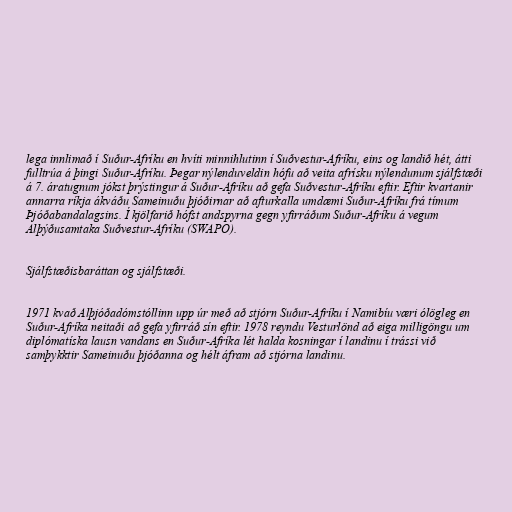
lega innlimað í Suður-Afríku en hvíti minnihlutinn í Suðvestur-Afríku, eins og landið hét, átti
fulltrúa á þingi Suður-Afríku. Þegar nýlenduveldin hófu að veita afrísku nýlendunum sjálfstæði
á 7. áratugnum jókst þrýstingur á Suður-Afríku að gefa Suðvestur-Afríku eftir. Eftir kvartanir
annarra ríkja ákváðu Sameinuðu þjóðirnar að afturkalla umdæmi Suður-Afríku frá tímum
Þjóðabandalagsins. Í kjölfarið hófst andspyrna gegn yfirráðum Suður-Afríku á vegum
Alþýðusamtaka Suðvestur-Afríku (SWAPO).

Sjálfstæðisbaráttan og sjálfstæði.

1971 kvað Alþjóðadómstóllinn upp úr með að stjórn Suður-Afríku í Namibíu væri ólögleg en
Suður-Afríka neitaði að gefa yfirráð sín eftir. 1978 reyndu Vesturlönd að eiga milligöngu um
diplómatíska lausn vandans en Suður-Afríka lét halda kosningar í landinu í trássi við
samþykktir Sameinuðu þjóðanna og hélt áfram að stjórna landinu.